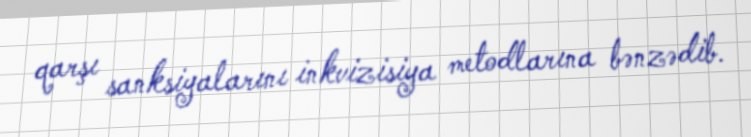
qarşı sanksiyalarını inkvizisiya metodlarına bənzədib.